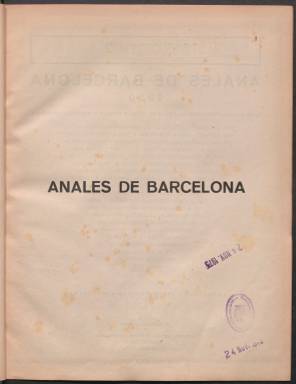
Título: Anales de Barcelona
Colección: Historia
Ámbito geográfico: Barcelona
Lugar de publicación: Barcelona
Fechas: 01/01/1930-31/12/1931